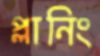
প্লানিং